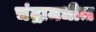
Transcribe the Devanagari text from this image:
चंद्रामधील